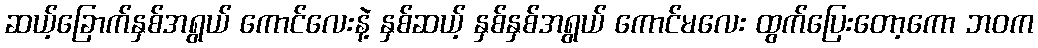
ဆယ့်ခြောက်နှစ်အရွယ် ကောင်လေးနဲ့ နှစ်ဆယ့် နှစ်နှစ်အရွယ် ကောင်မလေး ထွက်ပြေးတော့ကော ဘဝက